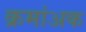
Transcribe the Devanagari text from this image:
क्रमांअक